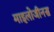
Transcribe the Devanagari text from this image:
माइलोजीनस